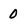
Character: 0